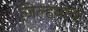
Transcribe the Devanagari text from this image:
जिल्हयांचा